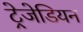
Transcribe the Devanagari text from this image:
ट्रेजेडियन